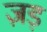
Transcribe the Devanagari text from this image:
ज़ड़